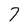
Character: 7